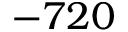
- 7 2 0